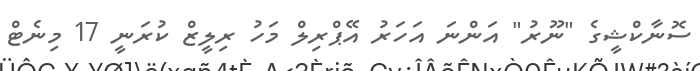
ސޮނާކްޝީގެ "ނޫރު" އަންނަ އަހަރު އޭޕްރިލް މަހު ރިލީޒް ކުރަނީ 17 މިނެޓް